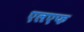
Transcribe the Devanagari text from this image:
एलएफ